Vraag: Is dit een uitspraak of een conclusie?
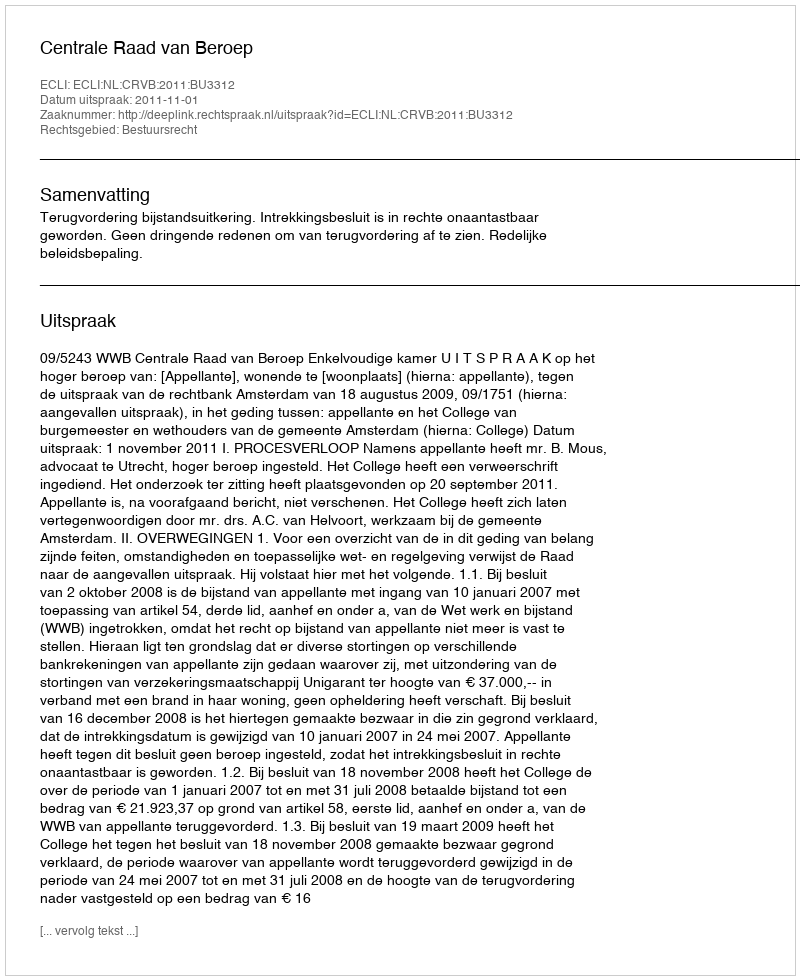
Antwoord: Uitspraak